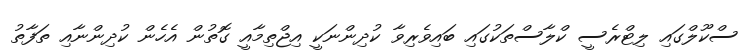
ސްކޫލްގައި ލިޓްރެސީ ކްލާސްތަކުގައި ބައިވެރިވާ ކުދިންނަކީ އިޖްތިމާއީ ގޮތުން އެހެން ކުދިންނާއި ތަފާތު